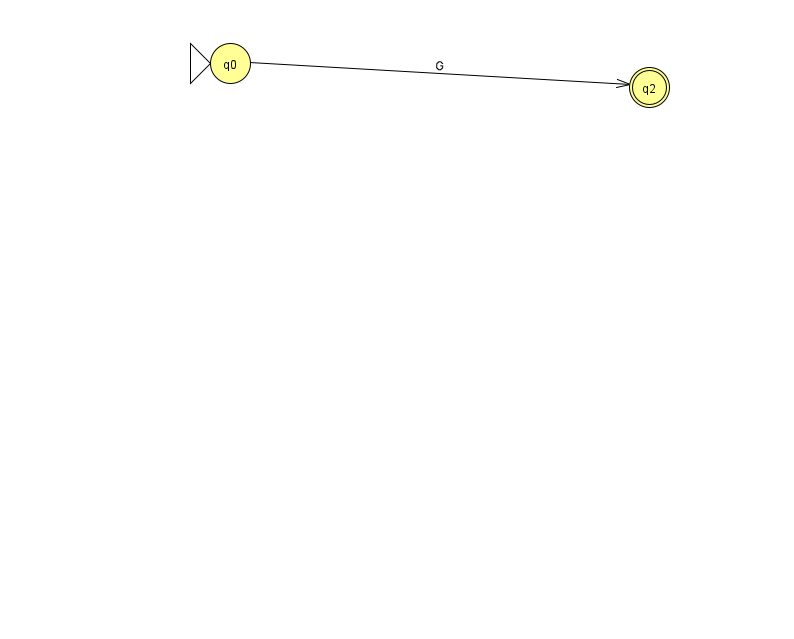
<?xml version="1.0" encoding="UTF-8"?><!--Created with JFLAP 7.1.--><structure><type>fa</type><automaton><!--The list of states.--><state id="0" name="q0"><x>230.0</x><y>50.0</y><initial/></state><state id="2" name="q2"><x>649.0</x><y>74.0</y><final/></state><!--The list of transitions.--><transition><from>0</from><to>2</to><read>G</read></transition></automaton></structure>